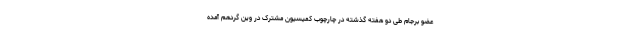
عضو برجام طی دو هفته گذشته در چارچوب کمیسیون مشترک در وین گردهم آمده